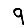
Digit: 9